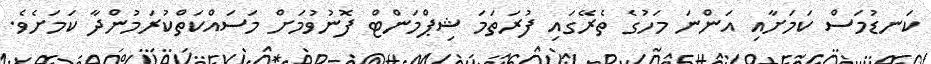
ކަނޑުމަސް ކަމަށާއި އަންނަ މަހުގެ ތެރޭގައި ފުރަތަމަ ޝިޕްމަންޓް ފޮނުވުމަށް މަސައްކަތްކުރަމުންދާ ކަމަށެވެ.